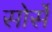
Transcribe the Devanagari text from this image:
सोर्से